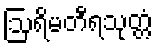
ဩရိမတီရသုတ္တံ